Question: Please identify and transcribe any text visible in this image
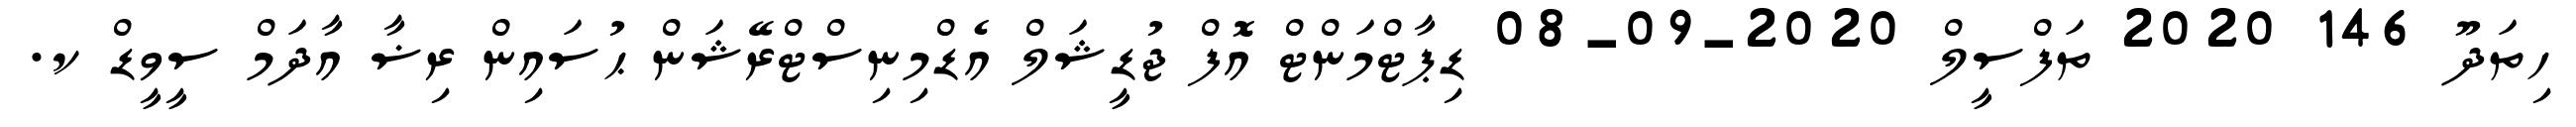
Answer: ހިތަދޫ 146 2020 ތަފްސީލް 2020-09-08 ޑިޕާޓްމަންޓް އޮފް ޖުޑީޝަލް އެޑްމިނިސްޓްރޭޝަން ޙުސައިން ރިޟާ އާދަމް ސީވީޑް ކ.